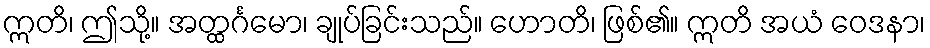
ဣတိ၊ ဤသို့။ အတ္ထင်္ဂမော၊ ချုပ်ခြင်းသည်။ ဟောတိ၊ ဖြစ်၏။ ဣတိ အယံ ဝေဒနာ၊